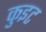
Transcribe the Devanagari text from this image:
कुइट